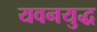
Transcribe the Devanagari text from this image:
यवनयुद्ध